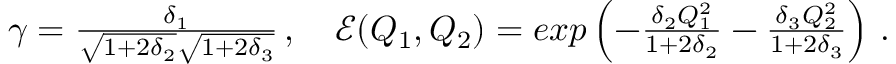
\begin{array} { r } { \gamma = \frac { \delta _ { 1 } } { \sqrt { 1 + 2 \delta _ { 2 } } \sqrt { 1 + 2 \delta _ { 3 } } } \, , \quad { \mathcal { E } } ( Q _ { 1 } , Q _ { 2 } ) = e x p \left( - \frac { \delta _ { 2 } Q _ { 1 } ^ { 2 } } { 1 + 2 \delta _ { 2 } } - \frac { \delta _ { 3 } Q _ { 2 } ^ { 2 } } { 1 + 2 \delta _ { 3 } } \right) \, . } \end{array}